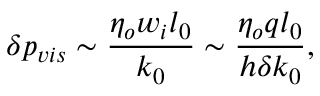
\delta { p } _ { v i s } \sim \frac { \eta _ { o } w _ { i } l _ { 0 } } { k _ { 0 } } \sim \frac { \eta _ { o } q l _ { 0 } } { h \delta k _ { 0 } } ,